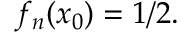
f _ { n } ( x _ { 0 } ) = 1 / 2 .